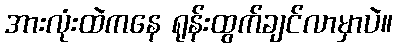
အားလုံးထဲကနေ ရုန်းထွက်ချင်လာမှာပဲ။